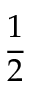
\frac 1 2